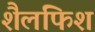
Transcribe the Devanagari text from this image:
शैलफिश